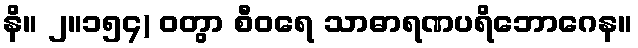
နိ။ ၂။၁၅၄) ဝတွာ စီဝရေ သာဓာရဏပရိဘောဂေန။